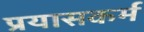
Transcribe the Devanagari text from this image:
प्रयासकर्म